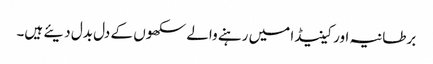
برطانیہ اور کینیڈا میں رہنے والے سکھوں کے دل بدل دیئے ہیں۔